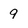
Character: 9